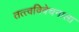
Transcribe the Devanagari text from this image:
तत्त्वविवेचनाला